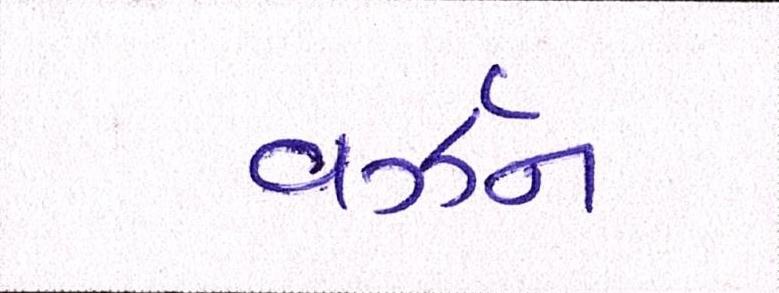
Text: વર્ઝન